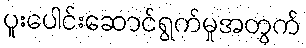
ပူးပေါင်းဆောင်ရွက်မှုအတွက်